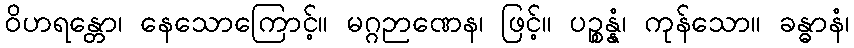
ဝိဟရန္တော၊ နေသောကြောင့်။ မဂ္ဂဉာဏေန၊ ဖြင့်။ ပဉ္စန္နံ၊ ကုန်သော။ ခန္ဓာနံ၊